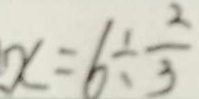
x = 6 \div \frac { 2 } { 3 }